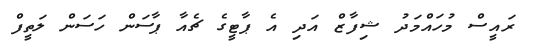
ރައީސް މުހައްމަދު ޝިފާޒް އަދި އެ ޕާޓީގެ ޗެއާ ޕާސަން ހަސަން ލަތީފް